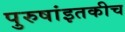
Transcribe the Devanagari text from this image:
पुरुषांइतकीच